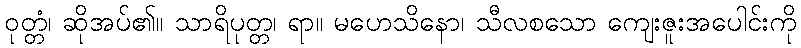
ဝုတ္တံ၊ ဆိုအပ်၏။ သာရိပုတ္တ၊ ရာ။ မဟေသိနော၊ သီလစသော ကျေးဇူးအပေါင်းကို